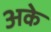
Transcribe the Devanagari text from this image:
अके